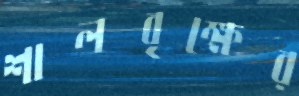
শালবৃক্ষের